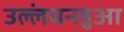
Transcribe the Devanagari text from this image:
उल्लंघनहुआ